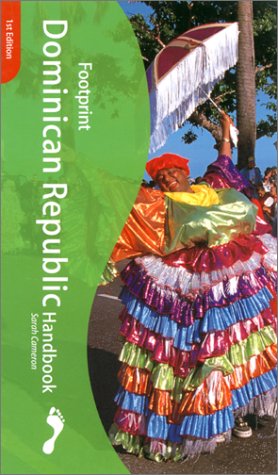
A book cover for Footprint Dominican Republic Handbook : The Travel Guide; Sarah Cameron; Travel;